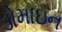
ડોમાઇન